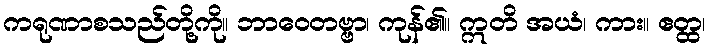
ကရုဏာစသည်တို့ကို။ ဘာဝေတဗ္ဗာ၊ ကုန်၏။ ဣတိ အယံ၊ ကား။ ဧတ္ထ၊